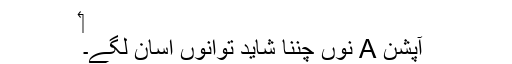
‏
آپشن A نوں چُننا شاید توانوں اسان لگے۔